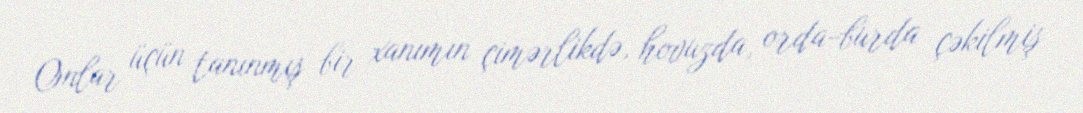
Onlar üçün tanınmış bir xanımın çimərlikdə, hovuzda, orda-burda çəkilmiş